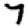
Digit: 7